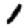
Digit: 1